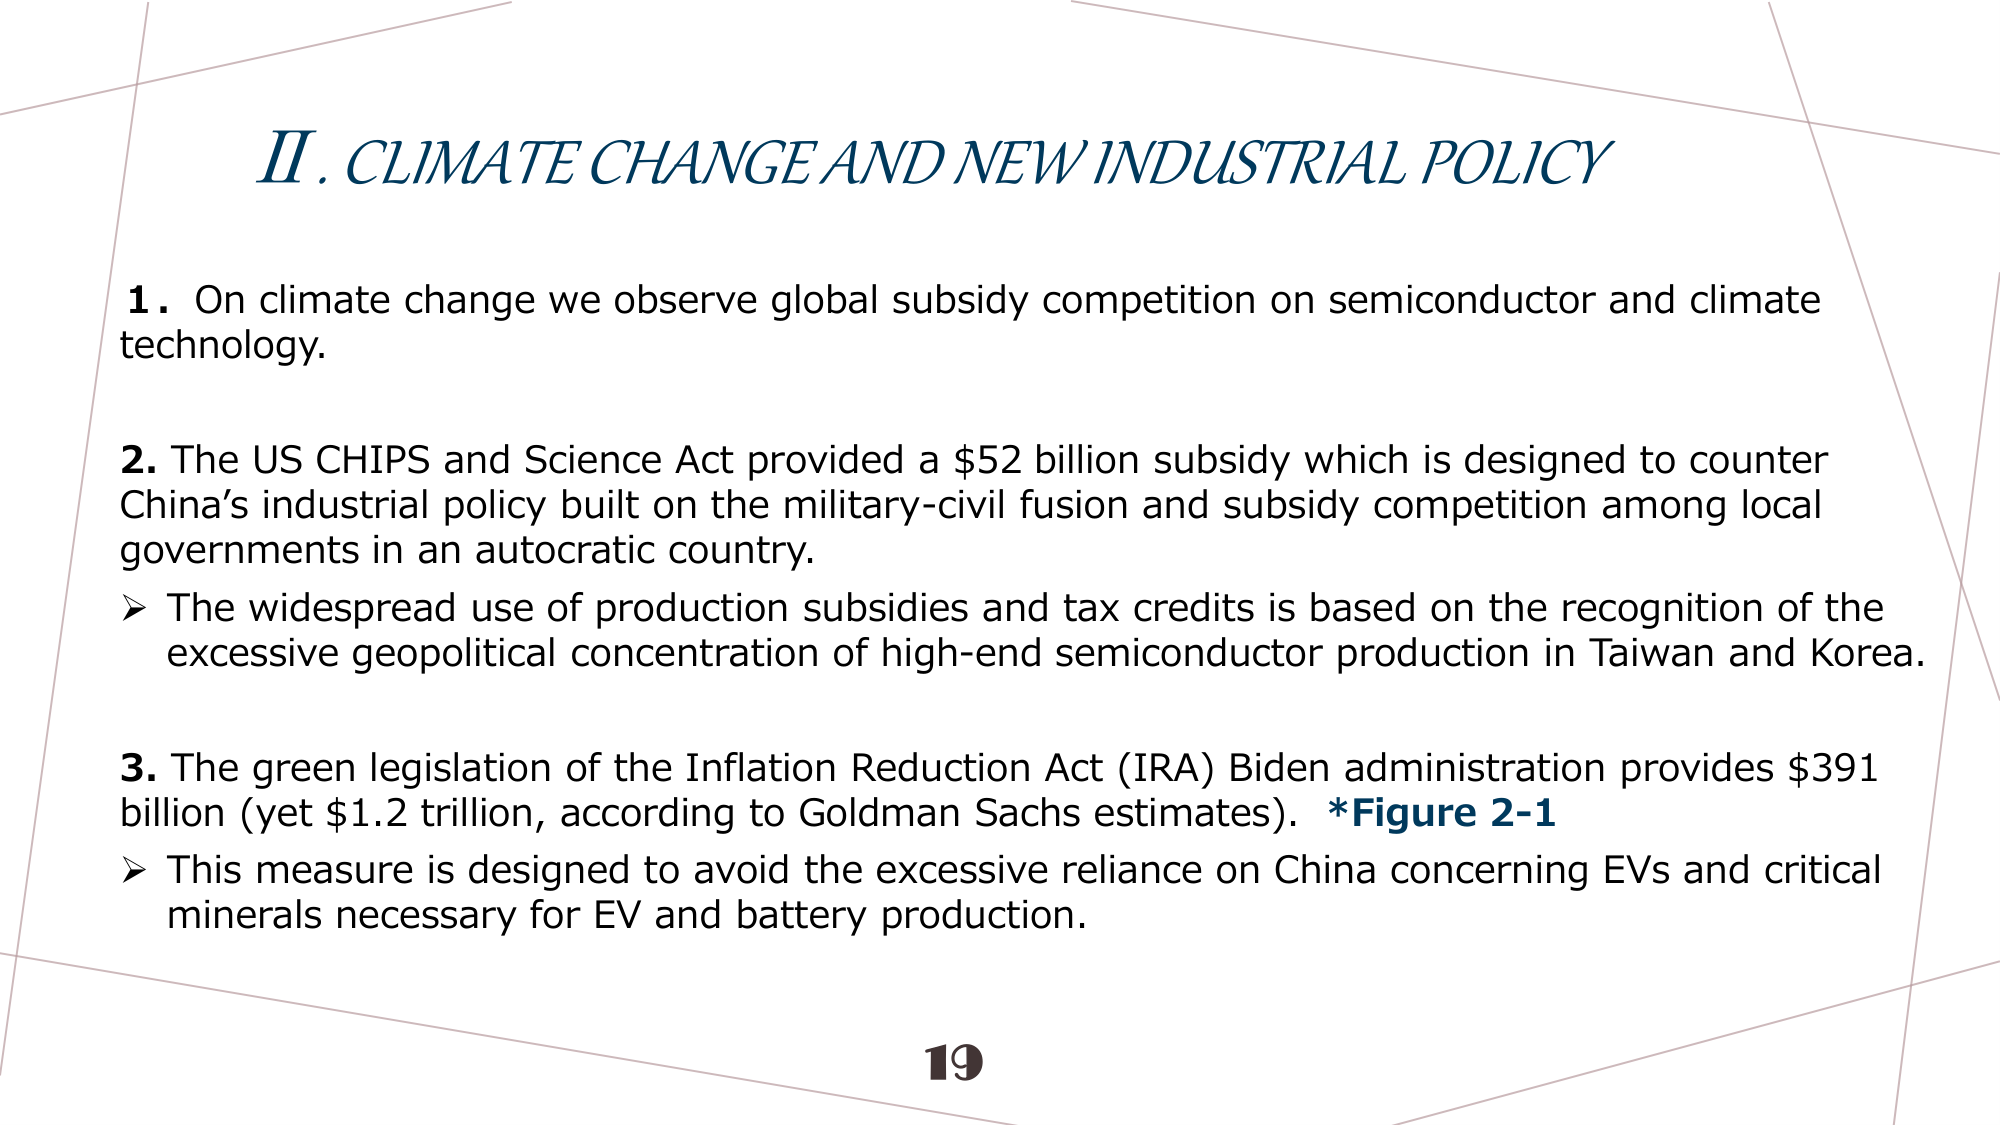
II. CLIMATE CHANGE AND NEW INDUSTRIAL POLICY

1. On climate change we observe global subsidy competition on semiconductor and climate technology.

2. The US CHIPS and Science Act provided a $52 billion subsidy which is designed to counter China’s industrial policy built on the military-civil fusion and subsidy competition among local governments in an autocratic country.
➤ The widespread use of production subsidies and tax credits is based on the recognition of the excessive geopolitical concentration of high-end semiconductor production in Taiwan and Korea.

3. The green legislation of the Inflation Reduction Act (IRA) Biden administration provides $391 billion (yet $1.2 trillion, according to Goldman Sachs estimates). *Figure 2-1
➤ This measure is designed to avoid the excessive reliance on China concerning EVs and critical minerals necessary for EV and battery production.

19